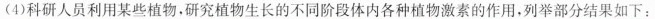
(4)科研人员利用某些植物，研究植物生长的不同阶段体内各种植物激素的作用，列举部分结果如下：